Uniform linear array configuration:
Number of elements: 12
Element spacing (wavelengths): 1
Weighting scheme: blackman
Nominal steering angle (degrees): -30
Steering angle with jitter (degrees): -28.46
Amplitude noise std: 0.05
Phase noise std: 0.05

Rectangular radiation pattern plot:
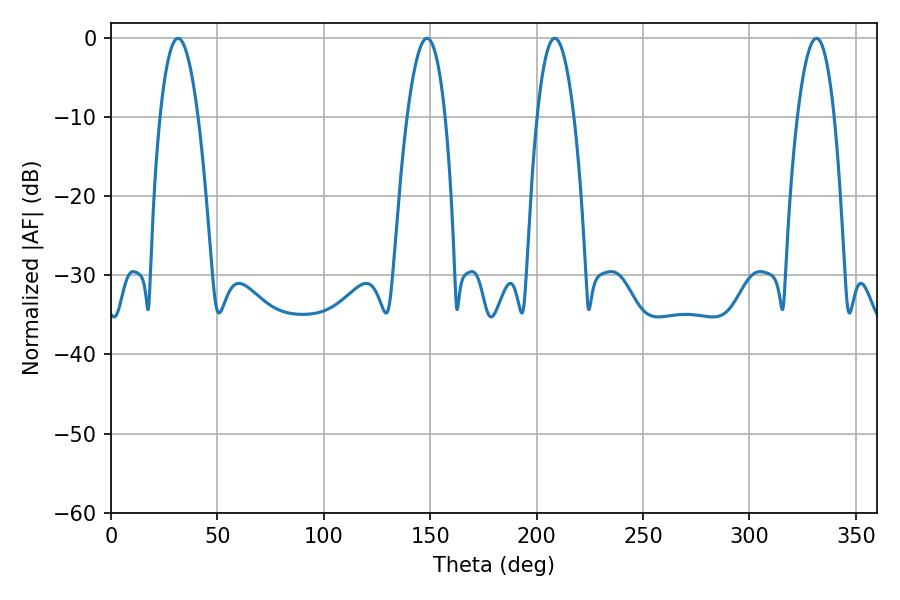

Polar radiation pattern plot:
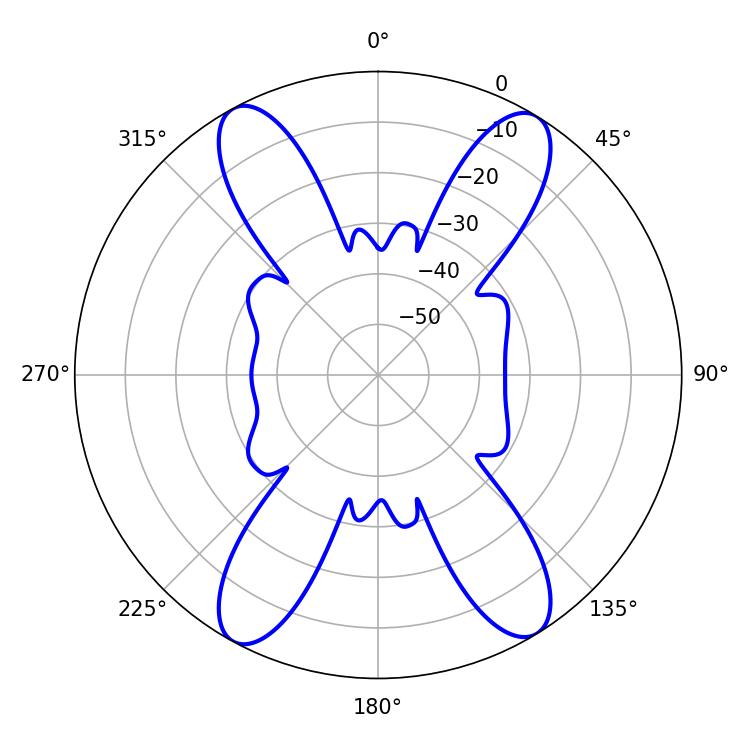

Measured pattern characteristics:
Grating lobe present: TRUE
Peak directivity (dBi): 19.514
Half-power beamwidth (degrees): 9.9
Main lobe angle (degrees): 31.5